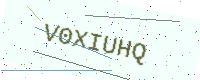
Text: V0XIUHQ